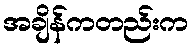
အချိန်ကတည်းက